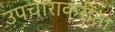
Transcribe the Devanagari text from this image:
उपचाराकरीता